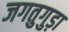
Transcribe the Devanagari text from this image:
जगतुगुड़ा